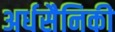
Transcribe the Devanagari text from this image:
अर्धसैनिकी